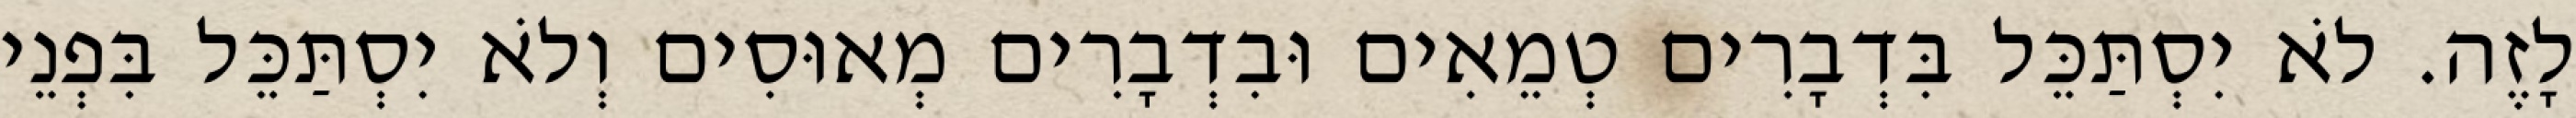
לָזֶה. לֹא יִסְתַּכֵּל בִּדְבָרִים טְמֵאִים וּבִדְבָרִים מְאוּסִים וְלֹא יִסְתַּכֵּל בִּפְנֵי